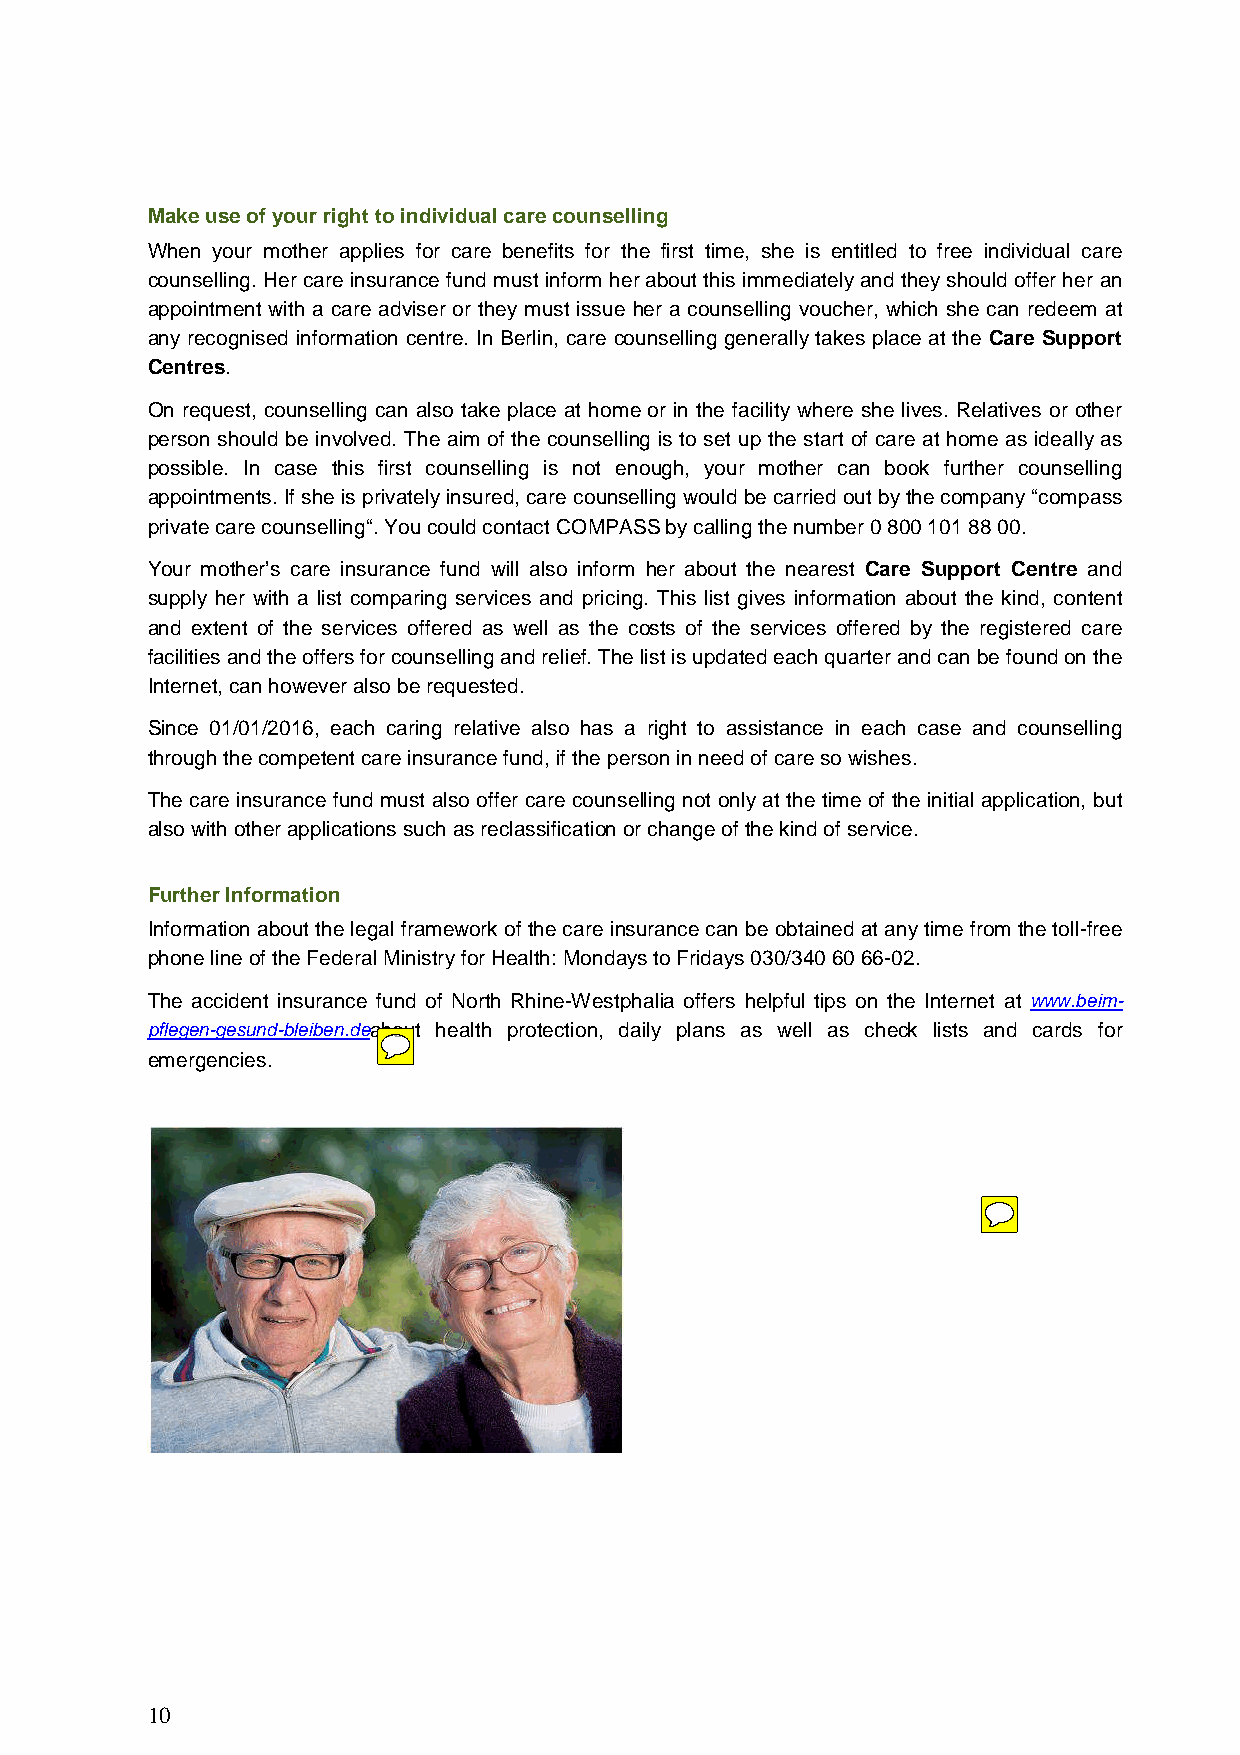
Make use of your right to individual care counselling
 When your mother applies for care benefits for the first time, she is entitled to free individual care
 counselling. Her care insurance fund must inform her about this immediately and they should offer her an
 appointment with a care adviser or they must issue her a counselling voucher, which she can redeem at
 any recognised information centre. In Berlin, care counselling generally takes place at the Care Support
 Centres.
 On request, counselling can also take place at home or in the facility where she lives. Relatives or other
 person should be involved. The aim of the counselling is to set up the start of care at home as ideally as
 possible. In case this first counselling is not enough, your mother can book further counselling
 appointments. If she is privately insured, care counselling would be carried out by the company “compass
 private care counselling“. You could contact COMPASS by calling the number 0 800 101 88 00.
 Your mother’s care insurance fund will also inform her about the nearest Care Support Centre and
 supply her with a list comparing services and pricing. This list gives information about the kind, content
 and extent of the services offered as well as the costs of the services offered by the registered care
 facilities and the offers for counselling and relief. The list is updated each quarter and can be found on the
 Internet, can however also be requested.
 Since 01/01/2016, each caring relative also has a right to assistance in each case and counselling
 through the competent care insurance fund, if the person in need of care so wishes.
 The care insurance fund must also offer care counselling not only at the time of the initial application, but
 also with other applications such as reclassification or change of the kind of service.
 Further Information
 Information about the legal framework of the care insurance can be obtained at any time from the toll-free
 phone line of the Federal Ministry for Health: Mondays to Fridays 030/340 60 66-02.
 The accident insurance fund of North Rhine-Westphalia offers helpful tips on the Internet at www.beim-
 pflegen-gesund-bleiben.deabout health protection, daily plans as well as check lists and cards for
 emergencies.
 10